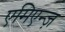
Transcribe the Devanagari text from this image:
एमिएन्ज़